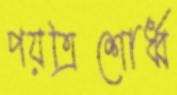
পয়ত্রিশোর্ধ্ব